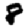
Digit: 8